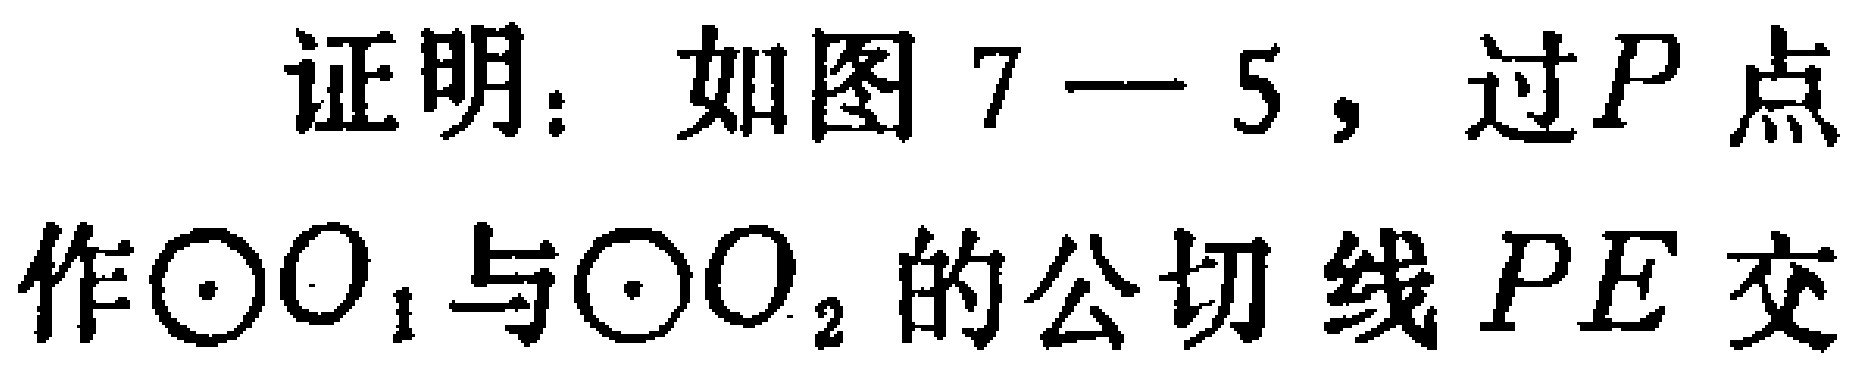
证明：如图 7—5，过\(P\)点作\(\odot O_{1}\)与\(\odot O_{2}\)的公切线\(PE\)交